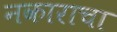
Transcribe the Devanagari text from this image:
नकाराचा